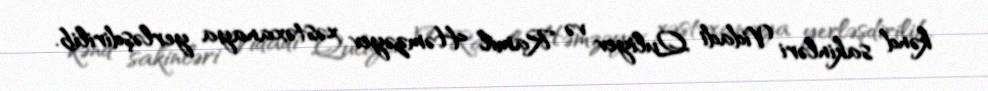
kənd sakinləri Vidadi Quliyev və Ramil Həmzəyev xəstəxanaya yerləşdirilib.